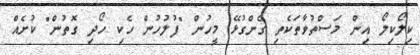
ކިލޯކިލޯ އިން މަސްތުވާތަކެތި ގެންގުޅޭ މީހުން "ފުލުހުން ހެކި ހޯދި ގޮތުން" ކުށެއް